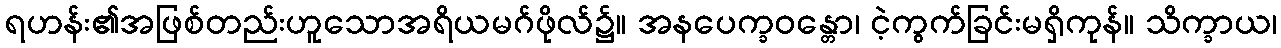
ရဟန်း၏အဖြစ်တည်းဟူသောအရိယမဂ်ဖိုလ်၌။ အနပေက္ခဝန္တော၊ ငဲ့ကွက်ခြင်းမရှိကုန်။ သိက္ခာယ၊